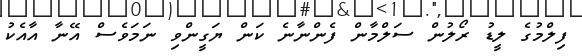
ފިލްމުގެ ލީޑު ރޯލުން ސަލްމާން ފެންނާނެ ކަން ޔަގީންވި ނަމަވެސް އޭނާ އާއެކު